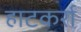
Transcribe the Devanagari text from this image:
हाटकर्रा